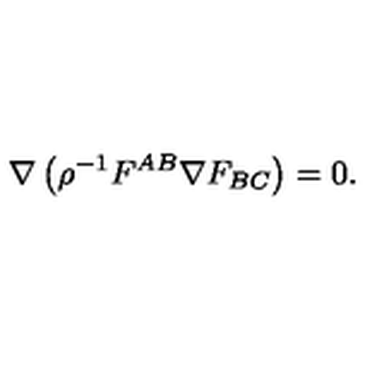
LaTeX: \nabla \left( \rho ^ { - 1 } F ^ { A B } \nabla F _ { B C } \right) = 0 .